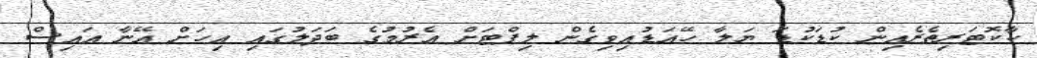
ކާކޮޓަރިތެރެއިން ކުޑަކުޑަ ޔަލާ ހޭއަޑުއިވިގެން ލިފްޓަށް އެރުމުގެ ބަދަލުގައި އިހަށް އޭނާ އައިސް